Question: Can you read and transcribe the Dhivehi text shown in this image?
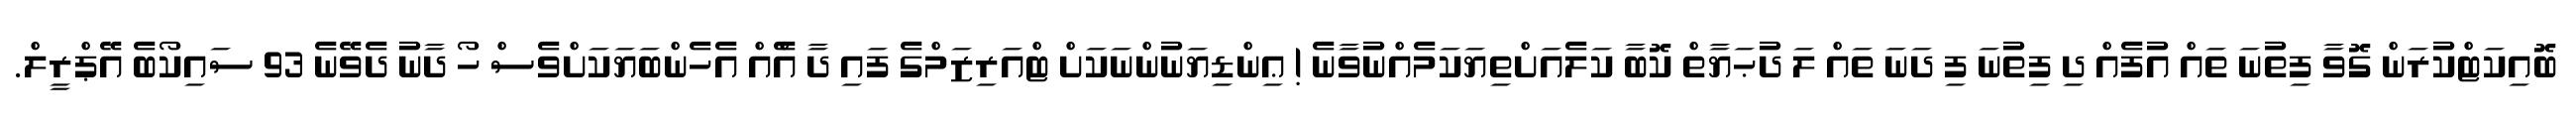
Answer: ބޮއިކަޓްކުރަން ގޮވާ ފިތުނަ ތައް އުފެއް ދި ފިތުނަ ފި ދަނަ ތައް ލަ ދުޙަޔާތް ކޮބާ ކަލެއަށްތިޔަކަމެއްނުވާނެ ! ޢިންޑިޔަނުންނަކަށް ޓްއަރިޒަމްގެ ފައި ދާ އެްއް އެހެންބަޔަކަށްވެސް ހޯ ދާނު ދެވޭނެ 93 ސައިކޯބެ އޭޕްރީލް.